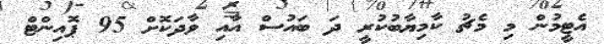
އެޓީމުން މި މެޗު ކާމިޔާބުކުރީ ދަ ބައުސް އާއި ވާދަކޮށް 95 ޕޮއިންޓް